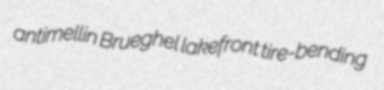
antimellin Brueghel lakefront tire-bending